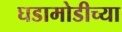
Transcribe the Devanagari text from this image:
घडामोडीच्या